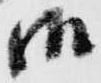
御